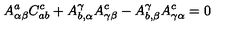
A _ { \alpha \beta } ^ { a } C _ { a b } ^ { c } + A _ { b , \alpha } ^ { \gamma } A _ { \gamma \beta } ^ { c } - A _ { b , \beta } ^ { \gamma } A _ { \gamma \alpha } ^ { c } = 0